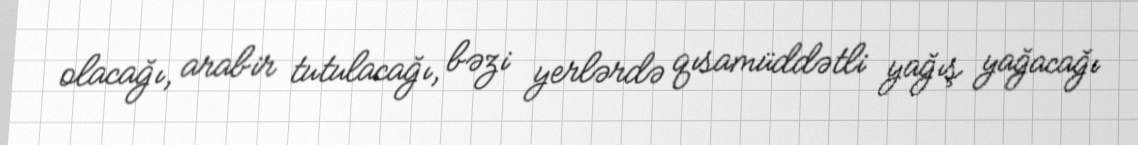
olacağı, arabir tutulacağı, bəzi yerlərdə qısamüddətli yağış yağacağı